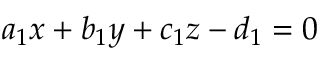
a _ { 1 } x + b _ { 1 } y + c _ { 1 } z - d _ { 1 } = 0